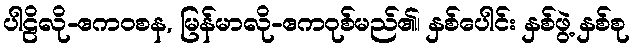
ပါဠိလို-ဧကဝစန, မြန်မာလို-ဧကဝုစ်မည်၏၊ နှစ်ပေါင်း နှစ်ဖွဲ့ နှစ်စု